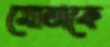
মোতাকে